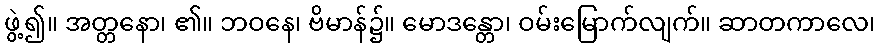
ဖွဲ့၍။ အတ္တနော၊ ၏။ ဘဝနေ၊ ဗိမာန်၌။ မောဒန္တော၊ ဝမ်းမြောက်လျက်။ ဆာတကာလေ၊